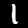
Digit: 1